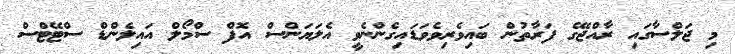
މި ޖަލްސާގައި ރާއްޖޭގެ ފަރާތުން ބައިވެރިވެވަޑައިގެންނެވީ އެލަޔަންސް އޮފް ސްމޯލް އައިލެންޑް ސްޓޭޓްސް